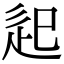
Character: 𨑔